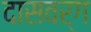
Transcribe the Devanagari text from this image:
दासवर्ग